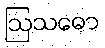
ဩသဓော